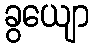
ခွယျော